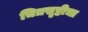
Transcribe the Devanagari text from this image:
चित्रसृष्टीचा